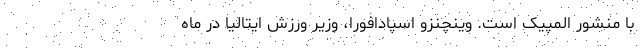
با منشور المپیک است. وینچنزو اسپادافورا،‌ وزیر ورزش ایتالیا در ماه